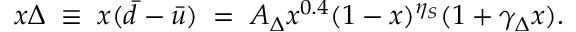
x \Delta \; \equiv \; x ( \bar { d } - \bar { u } ) \; = \; A _ { \Delta } x ^ { 0 . 4 } ( 1 - x ) ^ { \eta _ { S } } ( 1 + \gamma _ { \Delta } x ) .